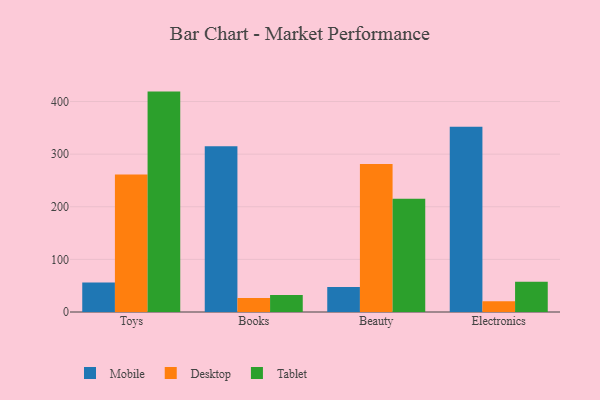
{"axis": {"x": "Category", "y": "Backlog"}, "legend": ["Desktop", "Mobile", "Tablet"], "data": [{"x": "Toys", "y": 56.3, "type": "Mobile"}, {"x": "Toys", "y": 261.1, "type": "Desktop"}, {"x": "Toys", "y": 418.9, "type": "Tablet"}, {"x": "Books", "y": 314.8, "type": "Mobile"}, {"x": "Books", "y": 26.6, "type": "Desktop"}, {"x": "Books", "y": 32.1, "type": "Tablet"}, {"x": "Beauty", "y": 47.3, "type": "Mobile"}, {"x": "Beauty", "y": 281.5, "type": "Desktop"}, {"x": "Beauty", "y": 215.1, "type": "Tablet"}, {"x": "Electronics", "y": 351.9, "type": "Mobile"}, {"x": "Electronics", "y": 20.5, "type": "Desktop"}, {"x": "Electronics", "y": 57.7, "type": "Tablet"}]}